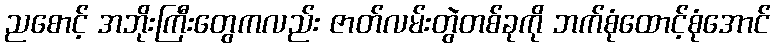
ညစောင့် အဘိုးကြီးတွေကလည်း ဇာတ်လမ်းတွဲတစ်ခုကို ဘက်စုံထောင့်စုံအောင်